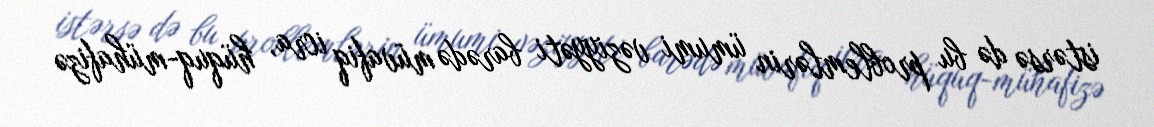
istərsə də bu problemlərin ümumi vəziyyəti barədə müvafiq icra, hüquq-mühafizə